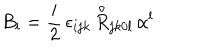
{ B } _ { i } = \frac { i } { 2 } \, \epsilon _ { i j k } \, { \stackrel { \circ } { R } } _ { j k 0 l } \, \alpha ^ { l }